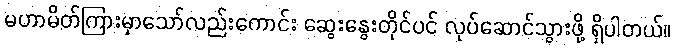
မဟာမိတ်ကြားမှာသော်လည်းကောင်း ဆွေးနွေးတိုင်ပင် လုပ်ဆောင်သွားဖို့ ရှိပါတယ်။